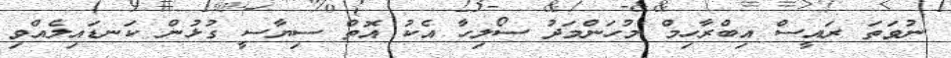
ނުވަތަ ރައީސް އިބްރާހިމް މުހަންމަދު ސޯލިހާ އެކު އޮތް ސިޔާސީ ގުޅުން ކަނޑައިލެއްވި